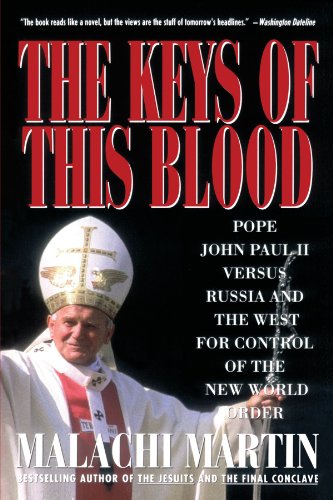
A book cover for Keys of This Blood: Pope John Paul II Versus Russia and the West for Control of the New World Order; Malachi Martin; Christian Books & Bibles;